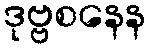
ဒုဗ္ဗစနေန